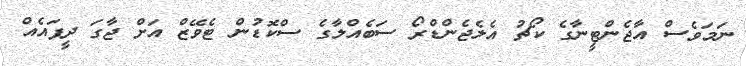
ނަމަވެސް އާޖެންޓީނާގެ ކޯޗު އެލެޖެންޑްރޯ ސަބެއްލާގެ ސްކޮޑުން ޓެވޭޒް އަށް ޖާގަ ދީފައެއް